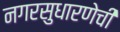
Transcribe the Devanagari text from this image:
नगरसुधारणेची